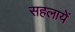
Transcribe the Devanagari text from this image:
सहलायें